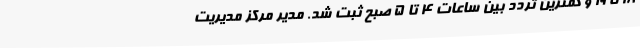
18 تا 19 و کمترین تردد بین ساعات 4 تا 5 صبح ثبت شد. مدیر مرکز مدیریت